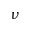
\nu